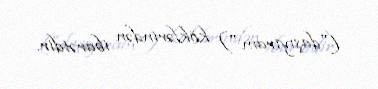
("daşıyıram") köklərindən ibarətdir.